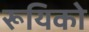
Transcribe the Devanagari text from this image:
रूयिको